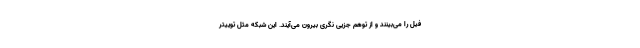
فیل را می‌بینند و از توهم جزیی نگری بیرون می‌آیند. این شبکه مثل توییتر